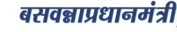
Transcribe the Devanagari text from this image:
बसवन्नाप्रधानमंत्री